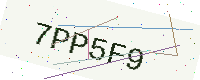
Text: 7PP5F9